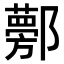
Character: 𨟁